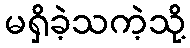
မရှိခဲ့သကဲ့သို့